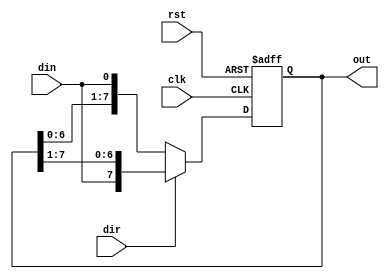
/*
*	Description: Bidirectional  shift register.
*/

module biShiftRegister #(parameter n = 8)
(
	input clk, 
	input rst,
	input din,
	input dir,	// 1-Right 0-Left
	output reg [n-1:0]out
);



always @(posedge clk,negedge rst)
begin
	if(!rst)
		out <= 0;
	else 
		begin 
			if (dir)
				out <= {din,out[7:1]};
			else 
				out <= {out[6:0],din};
		end
end
endmodule